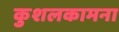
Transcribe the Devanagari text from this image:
कुशलकामना